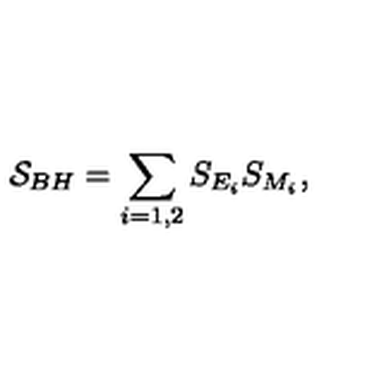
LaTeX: { \cal S } _ { B H } = \sum _ { i = 1 , 2 } S _ { E _ { i } } S _ { M _ { i } } ,